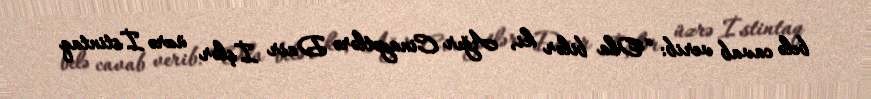
belə cavab verib: “Ola bilər ki, Ağır Cinayətlərə Dair İşlər üzrə İstintaq